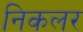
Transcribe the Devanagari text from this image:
निकलर